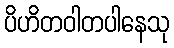
ပိဟိတဝါတပါနေသု